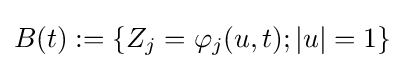
B(t):=\{Z_{j}=\varphi _{j}(u,t);|u|=1\}